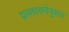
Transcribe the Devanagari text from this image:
प्रस्तावनेनुसार